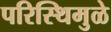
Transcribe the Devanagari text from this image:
परिस्थिमुळे